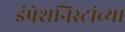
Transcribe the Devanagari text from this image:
इंप्रेशनिस्टांच्या